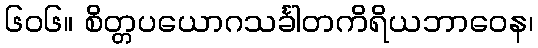
၆၀၆။ စိတ္တပယောဂသင်္ခါတကိရိယဘာဝေန၊